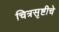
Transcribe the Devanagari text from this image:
चित्रसृष्टीचे